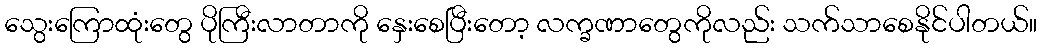
သွေးကြောထုံးတွေ ပိုကြီးလာတာကို နှေးစေပြီးတော့ လက္ခဏာတွေကိုလည်း သက်သာစေနိုင်ပါတယ်။